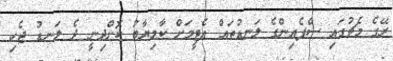
ރޭގެ މެޗުގައި ސްޕެއިންގެ ލަނޑުތައް އެޓީމަށް ކާމިޔާބު ކޮށްދިނީ ދެ ލަނޑު ޖެހި